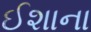
ઈશાના